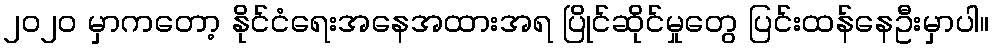
၂၀၂၀ မှာကတော့ နိုင်ငံရေးအနေအထားအရ ပြိုင်ဆိုင်မှုတွေ ပြင်းထန်နေဦးမှာပါ။